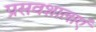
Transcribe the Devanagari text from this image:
प्रसवशालाएँ